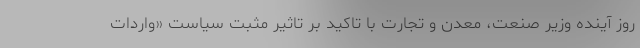
روز آینده وزیر صنعت، معدن و تجارت با تاکید بر تاثیر مثبت سیاست «واردات